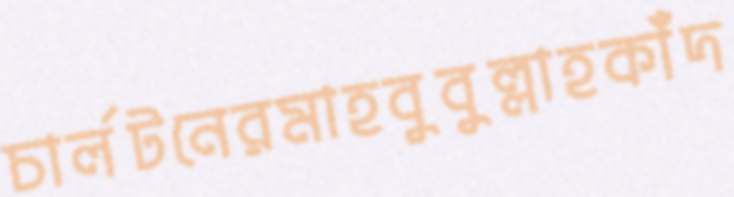
চার্লটনেরমাহবুবুল্লাহকাঁদ